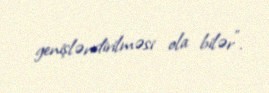
genişləndirilməsi ola bilər".